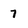
Character: 7